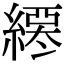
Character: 𦄖